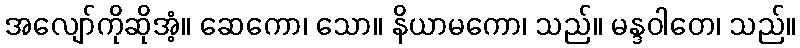
အလျော်ကိုဆိုအံ့။ ဆေကော၊ သော။ နိယာမကော၊ သည်။ မန္ဒဝါတေ၊ သည်။